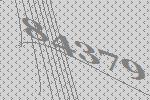
84379